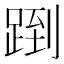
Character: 𬦶